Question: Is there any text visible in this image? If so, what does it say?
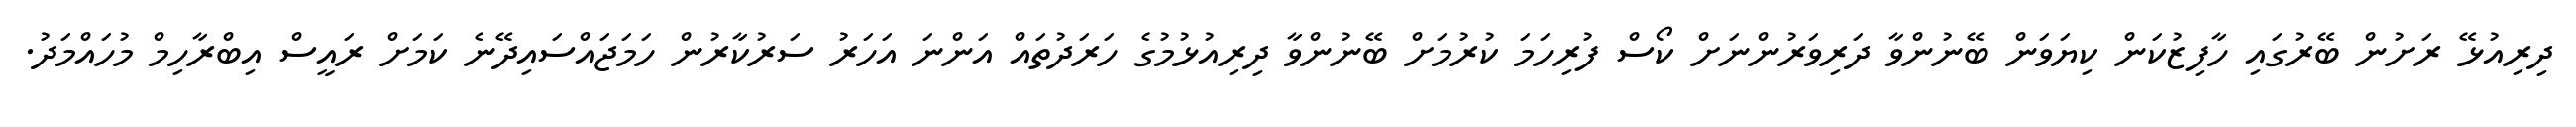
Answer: ދިރިއުޅޭ ރަށުން ބޭރުގައި ހާފިޒުކަން ކިޔަވަން ބޭނުންވާ ދަރިވަރުންނަށް ކޯސް ފުރިހަމަ ކުރުމަށް ބޭނުންވާ ދިރިއުޅުމުގެ ހަރަދުތައް އަންނަ އަހަރު ސަރުކާރުން ހަމަޖައްސައިދޭނެ ކަމަށް ރައީސް އިބްރާހިމް މުހައްމަދު.